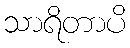
သာရိတာပိ